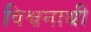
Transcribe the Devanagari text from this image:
विश्वनाथी